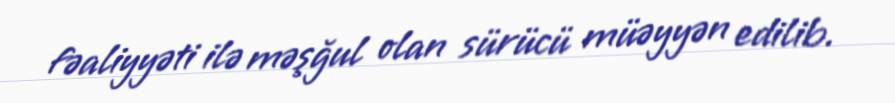
fəaliyyəti ilə məşğul olan sürücü müəyyən edilib.